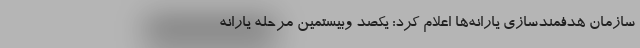
سازمان هدفمندسازی یارانه‌ها اعلام کرد: یکصد وبیستمین مرحله یارانه